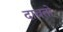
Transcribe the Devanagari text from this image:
दाबतो